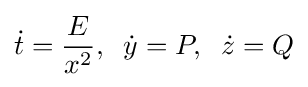
{\dot {t}}={\frac {E}{x^{2}}},\;\;{\dot {y}}=P,\;\;{\dot {z}}=Q